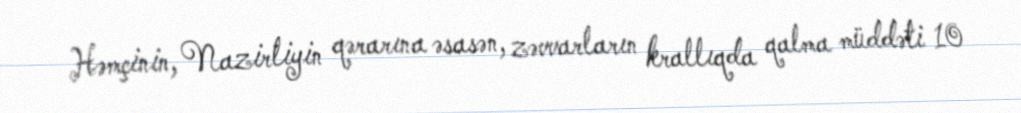
Həmçinin, Nazirliyin qərarına əsasən, zəvvarların krallıqda qalma müddəti 10